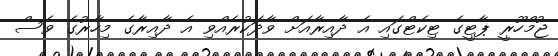
ޖުމްހޫރީ ޕާޓީގެ ޓިކެޓްގައި އެ ދާއިރާއަށް ވާދަކުރެއްވި އެ ދާއިރާގެ މިހާރުގެ ވެސް